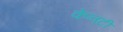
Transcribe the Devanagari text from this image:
केनटी